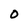
Character: 0